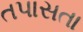
તપાસતા